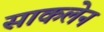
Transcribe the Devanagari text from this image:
साकलेन